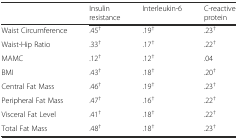
<table><thead><tr><td></td><td><b>Insulin resistance</b></td><td><b>Interleukin-6</b></td><td><b>C-reactive protein</b></td></tr></thead><tbody><tr><td>Waist Circumference</td><td>.45<sup>†</sup></td><td>.19<sup>†</sup></td><td>.23<sup>†</sup></td></tr><tr><td>Waist-Hip Ratio</td><td>.33<sup>†</sup></td><td>.17<sup>†</sup></td><td>.22<sup>†</sup></td></tr><tr><td>MAMC</td><td>.12<sup>†</sup></td><td>.12<sup>†</sup></td><td>.04</td></tr><tr><td>BMI</td><td>.43<sup>†</sup></td><td>.18<sup>†</sup></td><td>.20<sup>†</sup></td></tr><tr><td>Central Fat Mass</td><td>.46<sup>†</sup></td><td>.19<sup>†</sup></td><td>.23<sup>†</sup></td></tr><tr><td>Peripheral Fat Mass</td><td>.47<sup>†</sup></td><td>.16<sup>†</sup></td><td>.22<sup>†</sup></td></tr><tr><td>Visceral Fat Level</td><td>.41<sup>†</sup></td><td>.18<sup>†</sup></td><td>.22<sup>†</sup></td></tr><tr><td>Total Fat Mass</td><td>.48<sup>†</sup></td><td>.18<sup>†</sup></td><td>.23<sup>†</sup></td></tr></tbody></table>